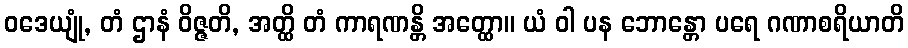
ဝဒေယျုံ, တံ ဌာနံ ဝိဇ္ဇတိ, အတ္ထိ တံ ကာရဏန္တိ အတ္ထော။ ယံ ဝါ ပန ဘောန္တော ပရေ ဂဏာစရိယာတိ